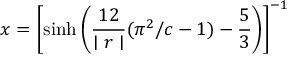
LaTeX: x = \left[ \sinh \left( \frac { 1 2 } { \mid r \mid } ( \pi ^ { 2 } / c - 1 ) - \frac { 5 } { 3 } \right) \right] ^ { - 1 }